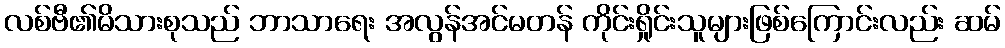
လစ်ဗီ၏မိသားစုသည် ဘာသာရေး အလွန်အင်မတန် ကိုင်းရှိုင်းသူများဖြစ်ကြောင်းလည်း ဆမ်